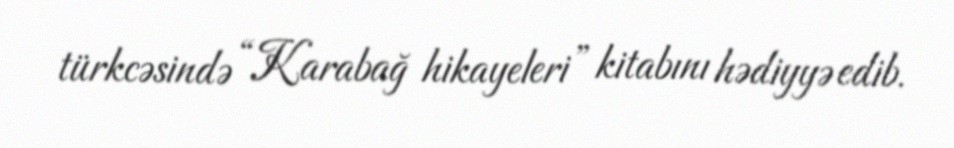
türkcəsində “Karabağ hikayeleri” kitabını hədiyyə edib.